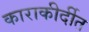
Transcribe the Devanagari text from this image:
काराकीर्दीत